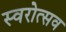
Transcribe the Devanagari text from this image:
स्वरोत्सव